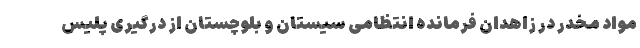
مواد مخدر در زاهدان فرمانده انتظامی سیستان و بلوچستان از درگیری پلیس